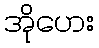
အိုဟေး